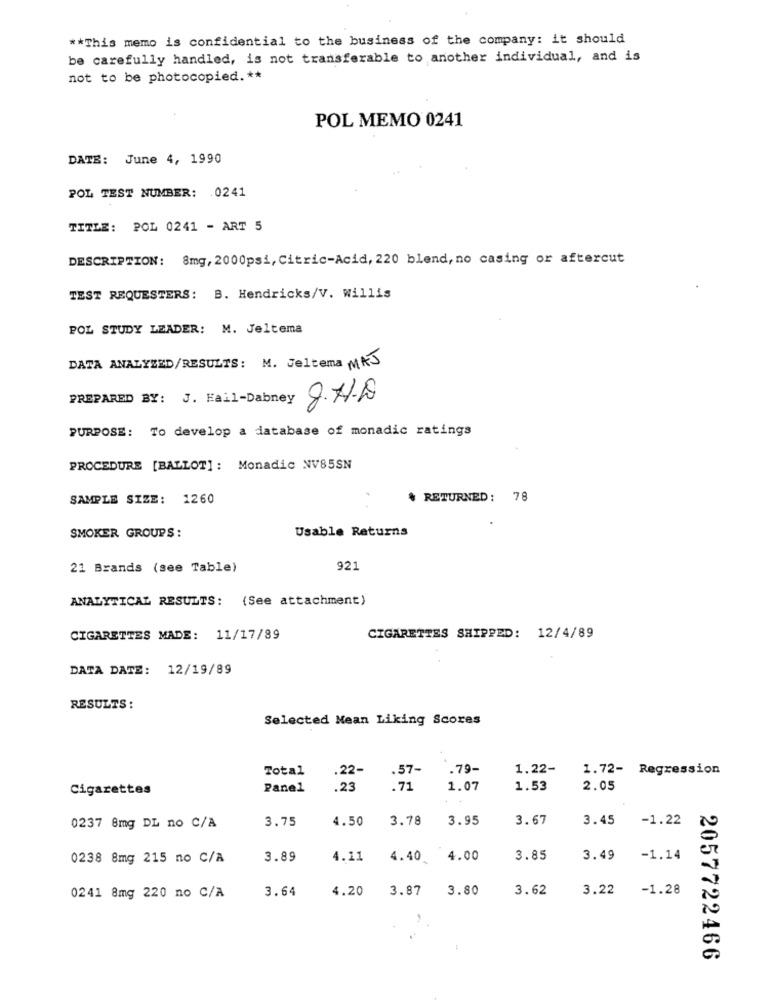
** This memo is confidential to the business of the company: it should
be carefully handled, is not transferable to another individual, and is
not to be photocopied. **
POL MEMO 0241
DATE: June 4, 1990
POL TEST NUMBER: 0241
TITLE: POL 0241 - ART 5
DESCRIPTION: 8mg, 2000psi, Citric-Acid, 220 blend, no casing or aftercut
TEST REQUESTERS: B. Hendricks/V. Willis
POL STUDY LEADER: M. Jeltema
DATA ANALYZED/RESULTS: M. Jeltema MAJ
PREPARED BY: J. Fail-Dabney
00
PURPOSE: To develop a database of monadic ratings
PROCEDURE [BALLOT]: Monadic NV85SN
SAMPLE SIZE: 1260
RETURNED: 78
Usable Returns
SMOKER GROUPS:
21 Brands (see Table)
921
ANALYTICAL RESULTS: (See attachment)
CIGARETTES MADE: 11/17/89
CIGARETTES SHIPPED: 12/4/89
DATA DATE: 12/19/89
RESULTS:
Selected Mean Liking Scores
Total
.57-
.79-
1.22-
1.72- Regression
.22-
Cigarettes
Panel
.23
.71
1.07
1.53
2.05
3.75
4.50
3.78
3.95
3.67
3.45
0237 8mg DL no C/A
-1.22
0238 8mg 215 no C/A
3.89
4.11
4.40
4.00
3.85
3.49
-1.14
0241 8mg 220 no C/A
3.64
4.20
3.87
3.80
3.62
3.22
-1.28
2057722466